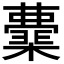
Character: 𭬟